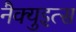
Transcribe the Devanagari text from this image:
नैक्युइत्स